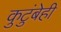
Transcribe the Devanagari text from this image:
कुटुंबेही